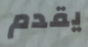
يقدم